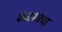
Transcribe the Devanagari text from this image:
कंजनजंघा